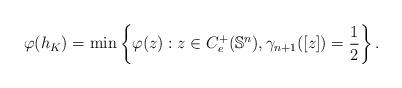
LaTeX: \begin{align*}\varphi(h_K)=\min \left\{\varphi(z): z\in C_e^+(\mathbb{S}^{n}),\gamma_{n+1}([z])=\frac{1}{2}\right\}.\end{align*}